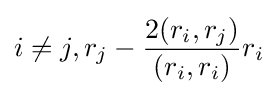
i\neq j,r_{j}-{2(r_{i},r_{j}) \over (r_{i},r_{i})}r_{i}